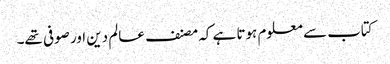
کتاب سے معلوم ہوتا ہے کہ مصنف عالم دین اور صوفی تھے۔